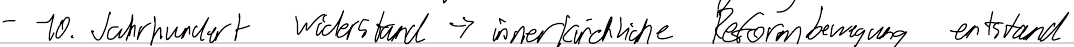
- 10. Jahrhundert Widerstand -> innerkirchliche Reformbewegung entstand